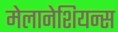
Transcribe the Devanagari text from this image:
मेलानेशियन्स